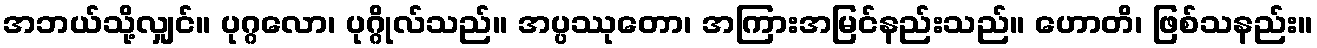
အဘယ်သို့လျှင်။ ပုဂ္ဂလော၊ ပုဂ္ဂိုလ်သည်။ အပ္ပဿုတော၊ အကြားအမြင်နည်းသည်။ ဟောတိ၊ ဖြစ်သနည်း။